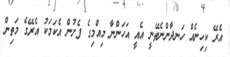
އެރޭ ކިހިނެއް ހަނދާންނެތޭނީ އެއީ އަހަންނާ މިއްމިގެ ފެށުން އެކަމަކު އެރޭގެ މަތިން